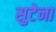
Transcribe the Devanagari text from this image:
सुटेना